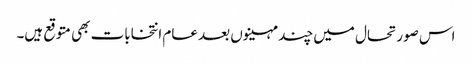
اس صورتحال میں چند مہینوں بعد عام انتخابات بھی متوقع ہیں۔